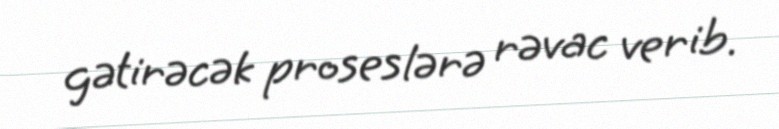
gətirəcək proseslərə rəvac verib.